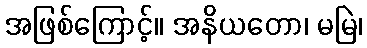
အဖြစ်ကြောင့်။ အနိယတော၊ မမြဲ၊